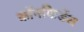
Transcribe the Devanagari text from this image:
कॉनफिडेंस